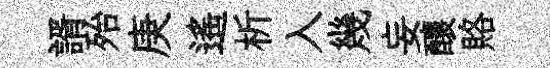
諝殆庚遥析入幾妄釀賂